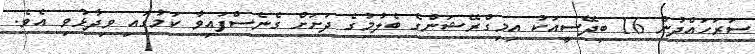
ސަރަހައްދުން 16 ބިދޭސީއަކު އިމިގްރޭޝަންގެ ބެލުމުގެ ދަށަށް ގެނެސްފައިވާ ކަމުގައި ވިދާޅުވި އެވެ.